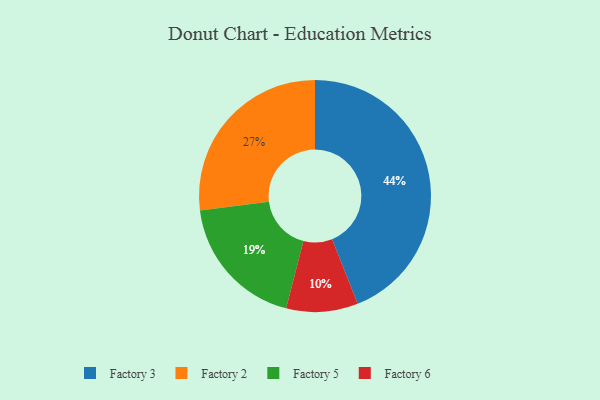
{"axis": {"x": "Category", "y": "Percentage"}, "legend": ["Factory 2", "Factory 3", "Factory 5", "Factory 6"], "data": [{"x": "Factory 5", "y": 19, "type": "Factory 5"}, {"x": "Factory 6", "y": 10, "type": "Factory 6"}, {"x": "Factory 3", "y": 44, "type": "Factory 3"}, {"x": "Factory 2", "y": 27, "type": "Factory 2"}]}